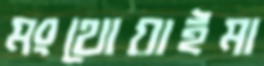
মংথোয়াইমা